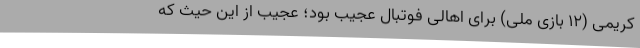
کریمی (12 بازی ملی) برای اهالی فوتبال عجیب بود؛ عجیب از این حیث که